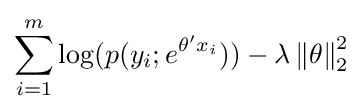
\sum _{i=1}^{m}\log(p(y_{i};e^{\theta 'x_{i}}))-\lambda \left\|\theta \right\|_{2}^{2}